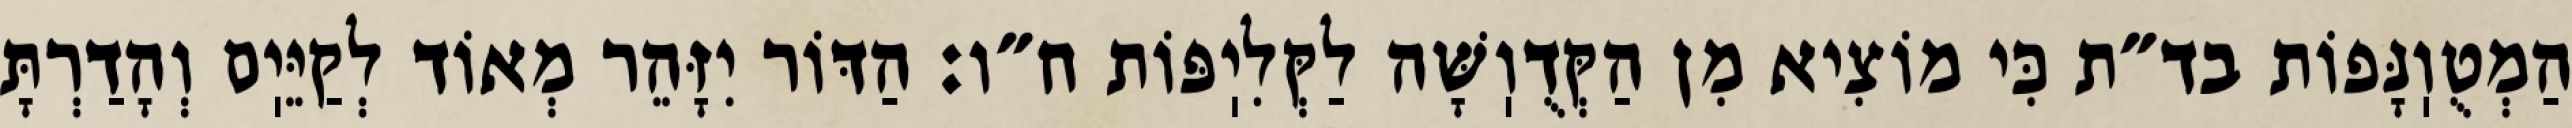
הַמְטֻוֽנָּפוֹת בד״ת כִּי מוֹצִיא מִן הַקְּדֻוֽשָּׁה לַקְּלִיֽפּוֹת ח״ו: הַדּוֹר יִזָּהֵר מְאוֹד לְקַיֵּיֽם וְהָדַרְתָּ